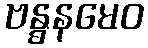
ဗန္ဓနမေဝ